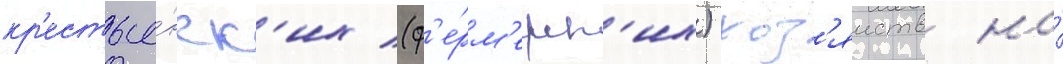
кр'естья́нск'их (ф'е́рм'ерск'их) хоз'яиств на́